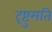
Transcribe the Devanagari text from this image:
दृष्टुमति